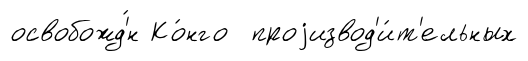
освобожд'́н Ко́нго проjизвод'и́т'ельных